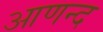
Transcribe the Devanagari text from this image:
आणन्द